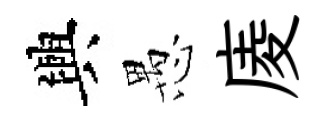
興愚庱